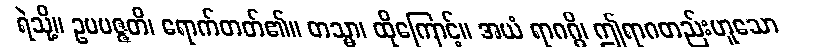
ရဲသို့။ ဥပပဇ္ဇတိ၊ ရောက်တတ်၏။ တသ္မာ၊ ထိုကြောင့်။ အယံ ရာဂဂ္ဂိ၊ ဤရာဂတည်းဟူသော